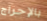
بالإحراج